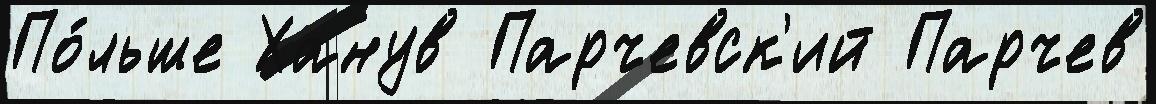
По́льше Ханув Парчевск'ий Парчев